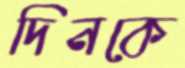
দিনকে